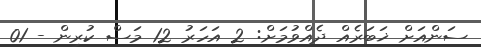
ސަންއަށް ޚަބަރެއް ދެއްވުމަށް: 2 އަހަރު 12 މަސް ކުރިން - 01